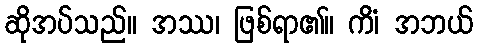
ဆိုအပ်သည်။ အဿ၊ ဖြစ်ရာ၏။ ကိံ၊ အဘယ်